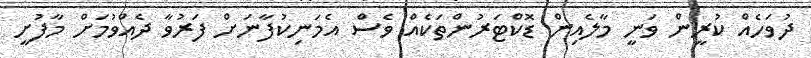
ދުވަހެއް ކުރީން ވަނީ މާލެއިން ޑޮކްޓަރުންތަކެއް ވެސް އެމަނިކުފާނަށް ފަރުވާ ދެއްވުމަށް މާފުށީ